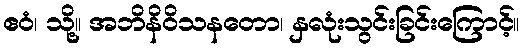
ဧဝံ၊ သို့။ အဘိနိဝိသနတော၊ နှလုံးသွင်းခြင်းကြောင့်။